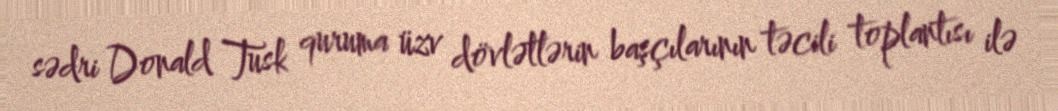
sədri Donald Tusk quruma üzv dövlətlərin başçılarının təcili toplantısı ilə